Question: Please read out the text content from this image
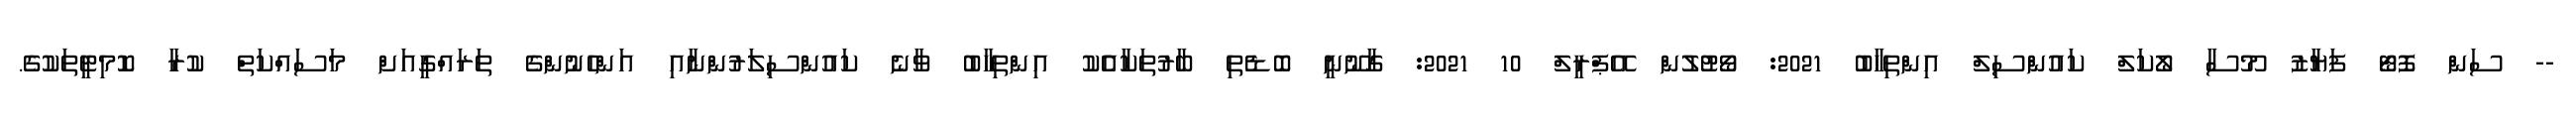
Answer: -- ސަން ފޮޓޯ ފަޔާޒު މޫސާ ލޯކަލް ކައުންސިލް އިންތިހާބު 2021: ވޯޓުލުން އޭޕްރީލް 10 2021: ގާނޫނީ ބޮޑެތި ބާރުތަކާއެެކު އިންތިހާބު ވާނެ ކައުންސިލަރުންނާއި އަންހެނުންގެ ތަރައްގީއަށް މަސައްކަތް ކުރާ ކޮމިޓީތަކުގެ.